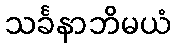
သင်္ခနာဘိမယံ